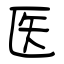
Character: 医